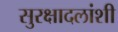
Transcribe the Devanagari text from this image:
सुरक्षादलांशी